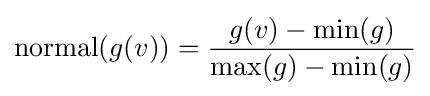
{\mbox{normal}}(g(v))={\frac {g(v)-\min(g)}{\max(g)-\min(g)}}